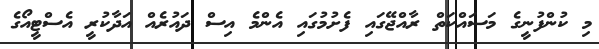
މި ކުންފުނީގެ މަސައްކަތް ރާއްޖޭގައި ފެށުމުގައި އެންމެ އިސް ދައުރެއް އަދާކުރީ އެސްޓީއޯގެ